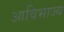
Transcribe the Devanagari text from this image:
आविभाज्य